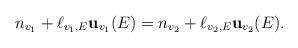
LaTeX: \begin{align*}n_{v_1}+\ell_{v_1,E}\mathbf{u}_{v_1}(E)=n_{v_2}+\ell_{v_2,E}\mathbf{u}_{v_2}(E).\end{align*}